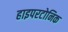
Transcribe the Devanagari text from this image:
हाइपरटोनिक